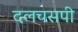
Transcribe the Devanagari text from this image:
दलचसपी